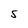
Character: S